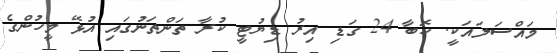
މައްސަލައަކީ. ކޮބާ 24 ގަޑި އިރު ޑިޔުޓީ ކުރާ ތަންތަނުގައި އުޅޭ މީހުންގެ